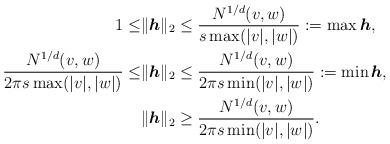
LaTeX: \begin{align*}1\leq&\|\boldsymbol{h}\|_2\leq\frac{N^{1/d}(v,w)}{s\max(|v|,|w|)}:=\max \boldsymbol{h}, \\\frac{N^{1/d}(v,w)}{2\pi s\max(|v|,|w|)}\leq&\|\boldsymbol{h}\|_2\leq\frac{N^{1/d}(v,w)}{2\pi s\min(|v|,|w|)}:=\min \boldsymbol{h},\\&\|\boldsymbol{h}\|_2\geq\frac{N^{1/d}(v,w)}{2\pi s\min(|v|,|w|)}.\end{align*}